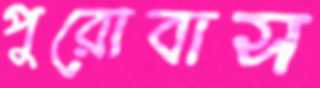
পুরোবাস